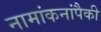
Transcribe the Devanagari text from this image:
नामांकनांपैकी